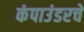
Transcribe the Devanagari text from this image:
कंपाउंडरचे